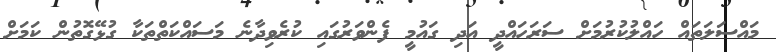
މައްސަލަތައް ހައްލުކުރުމަށް ސަރަހައްދީ އަދި ގައުމީ ފެންވަރުގައި ކުރެވިދާނެ މަސައްކަތްތަކާ ގުޅޭގޮތުން ކަމަށް